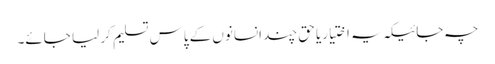
چہ جائیکہ یہ اختیاریا حق چند انسانوں کے پاس تسلیم کر لیا جائے۔